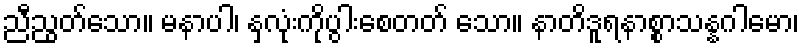
ညီညွတ်သော။ မနာပါ၊ နှလုံးကိုပွါးစေတတ် သော။ နာတိဒူရနာစ္စာသန္နဂါမော၊